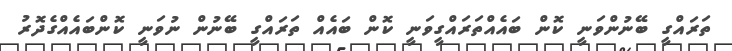
ތަރައްގީ ބޭނުންވަނީ ކޮން ބައެއްތަރައްގީވަނީ ކޮން ބައެއް ތަރައްގީ ބޭނުން ނުވަނީ ކޮންބައެއްގެދޮރު